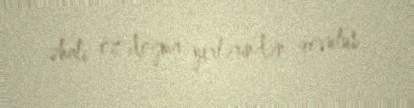
əhali öz doğma yerlərindən qovulub.